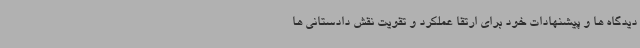
دیدگاه ها و پیشنهادات خود برای ارتقا عملکرد و تقویت نقش دادستانی ها